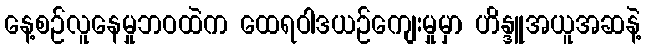
နေ့စဉ်လူနေမှုဘဝထဲက ထေရဝါဒယဉ်ကျေးမှုမှာ ဟိန္ဒူအယူအဆနဲ့